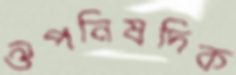
ঔপনিষদিক